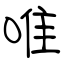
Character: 唯